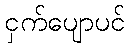
ငှက်ပျောပင်